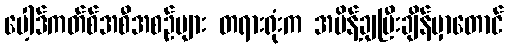
ပေါ့ဒ်ကတ်စ်အစီအစဉ်များ တရားရုံးက အမိန့်ချပြီးချိန်မှာတောင်